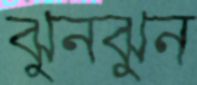
ঝুনঝুন